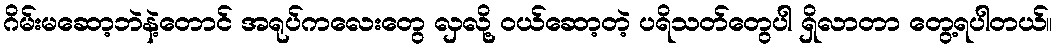
ဂိမ်းမဆော့ဘဲနဲ့တောင် အရုပ်ကလေးတွေ လှလို့ ဝယ်ဆော့တဲ့ ပရိသတ်တွေပါ ရှိလာတာ တွေ့ရပါတယ်။